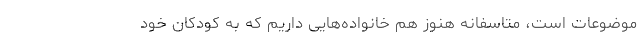
موضوعات است، متاسفانه هنوز هم خانواده‌هایی داریم که به کودکان خود